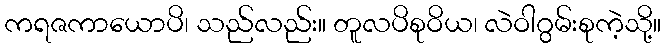
ကရဇကာယောပိ၊ သည်လည်း။ တူလပိစုဝိယ၊ လဲဝါဂွမ်းစုကဲ့သို့။